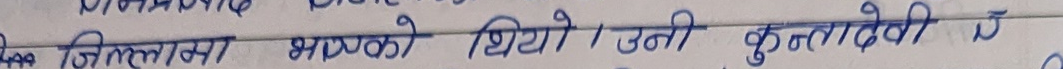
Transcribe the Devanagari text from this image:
जिल्लाको भएको थियो। उनी कुन्तादेवी कै